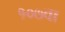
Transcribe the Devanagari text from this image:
१०७वा